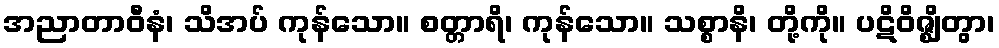
အညာတာဝီနံ၊ သိအပ် ကုန်သော။ စတ္တာရိ၊ ကုန်သော။ သစ္စာနိ၊ တို့ကို။ ပဋိဝိဇ္ဈိတွာ၊